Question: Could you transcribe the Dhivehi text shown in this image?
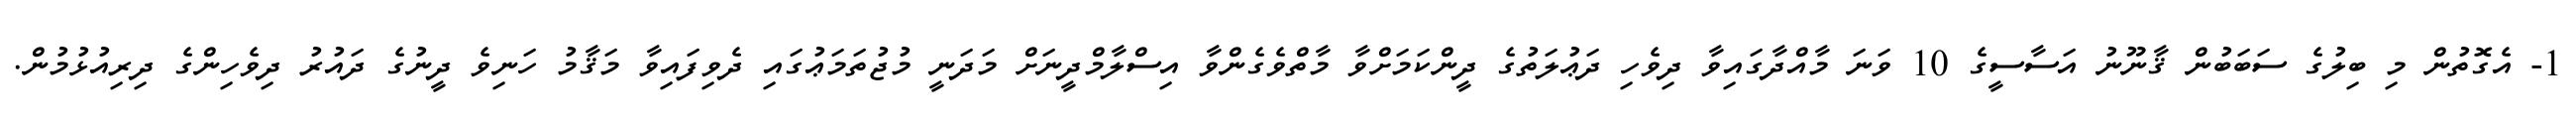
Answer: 1- އެގޮތުން މި ބިލުގެ ސަބަބުން ޤާނޫނު އަސާސީގެ 10 ވަނަ މާއްދާގައިވާ ދިވެހި ދަޢުލަތުގެ ދީންކަމަށްވާ މާތްވެގެންވާ އިސްލާމްދީނަށް މަދަނީ މުޖުތަމަޢުގައި ދެވިފައިވާ މަޤާމު ހަނިވެ ދީނުގެ ދައުރު ދިވެހިންގެ ދިރިއުޅުމުން.